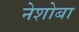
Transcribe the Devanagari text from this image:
नेशोबा